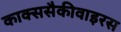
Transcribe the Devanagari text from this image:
काक्ससैकीवाइरस